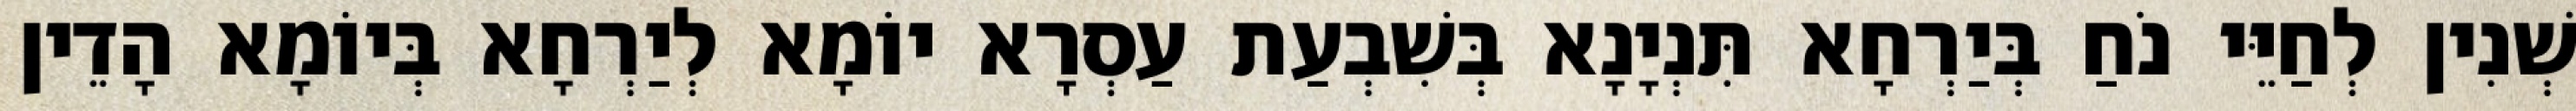
שְׁנִין לְחַיֵּי נֹחַ בְּיַרְחָא תִּנְיָנָא בְּשִׁבְעַת עַסְרָא יוֹמָא לְיַרְחָא בְּיוֹמָא הָדֵין